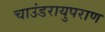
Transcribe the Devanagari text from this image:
चाउंडरायुपराण